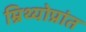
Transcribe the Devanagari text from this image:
म्रिथ्योप्रांत